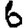
Digit: 6